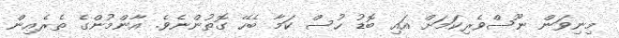
މިނިވަން ނޫސްވެރިކަމަށް އައި ބޮޑު ހުސް ކަމާ ބެހޭ ގޮތުންނެވެ. އާންމުންގެ ތެރެއިން